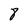
Character: 8